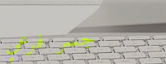
جسر فرعي